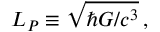
L _ { P } \equiv \sqrt { \hbar G / c ^ { 3 } } \, ,